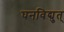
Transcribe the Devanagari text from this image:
घनविद्युत्